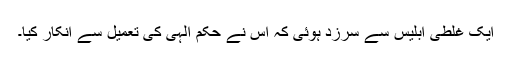
ایک غلطی ابلیس سے سرزد ہوئی کہ اس نے حکم الہی کی تعمیل سے انکار کیا۔